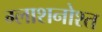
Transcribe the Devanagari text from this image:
ग्लाशनोश्त